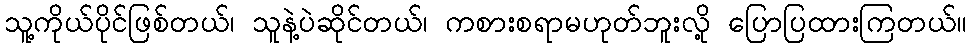
သူ့ကိုယ်ပိုင်ဖြစ်တယ်၊ သူနဲ့ပဲဆိုင်တယ်၊ ကစားစရာမဟုတ်ဘူးလို့ ပြောပြထားကြတယ်။